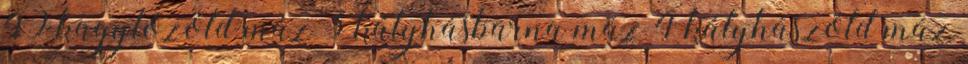
49 kagylózöld máz 3 kályhásbarna máz 4 kályhászöld máz